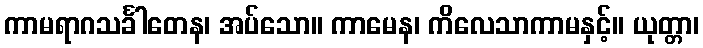
ကာမရာဂသင်္ခါတေန၊ အပ်သော။ ကာမေန၊ ကိလေသာကာမနှင့်။ ယုတ္တာ၊